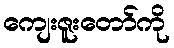
ကျေးဇူးတော်ကို